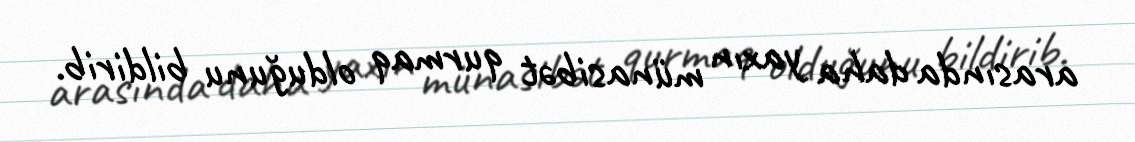
arasında daha yaxın münasibət qurmaq olduğunu bildirib.